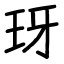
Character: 玡